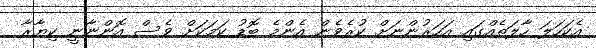
އެކަަހަަލަ ހާލަތެއްގައި އަހަރުންނަށް ކުރެވެން އެންމެ ބޮޑު ކަމަކަށް ވެސް އޮންނާނީ ކިޔާރާ